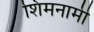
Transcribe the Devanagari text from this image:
शिमनामी